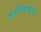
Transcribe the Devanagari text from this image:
कार्मिककोश